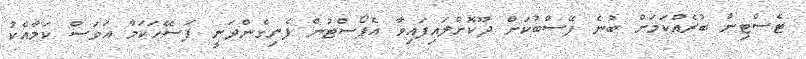
ޓެސްޓިން ބުރެއްކަމަށް ބުނެ ފޭސްބުކަށް ދޫކޮށްލައިފައިވާ އެޕޯސްޓުން ފެނިގެންދަނީ ފަސޭހަކަމާ އަވަސް ކަމާއެކު